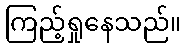
ကြည့်ရှုနေသည်။